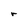
Character: r